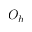
O _ { h }